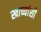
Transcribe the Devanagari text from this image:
खाच्यांशी